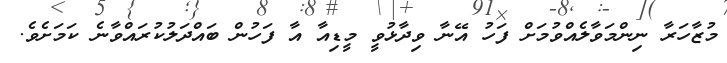
މުޒާހަރާ ނިންމަވާލެއްވުމަށް ފަހު އޭނާ ވިދާޅުވީ މީޑިއާ އާ ފަހުން ބައްދަލުކުރައްވާނެ ކަމަށެވެ.